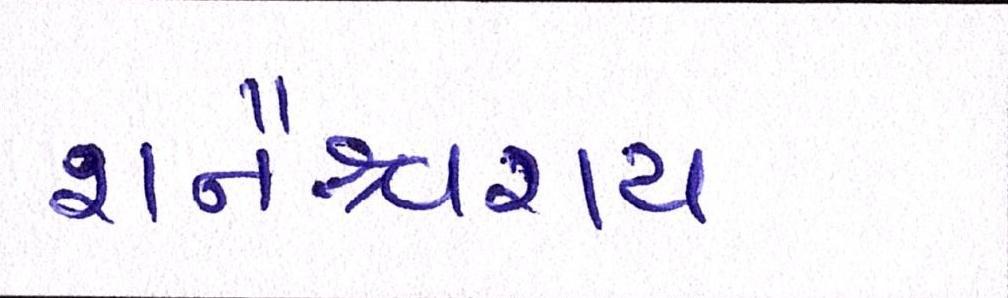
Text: શનૈશ્ચરાય